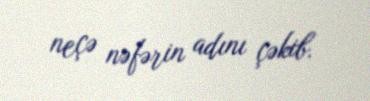
neçə nəfərin adını çəkib.